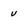
Character: v